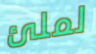
لملئ